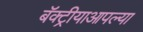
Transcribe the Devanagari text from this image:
बॅक्ट्रीयाआपल्या